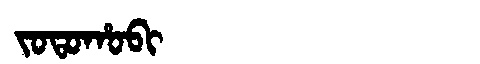
Manchu: ᠵᠣᡨᠣᡥᠣᠪᡳ
Romanization: JOTOHOBI